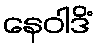
နေဝါဒိံ